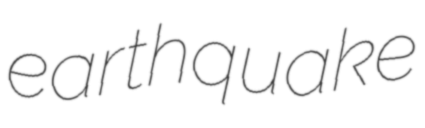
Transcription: earthquake